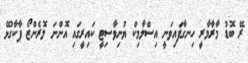
ރޭ ބޮޑު މާރާމާރީ ހިނގާފައިވަނީ އިސްލާމިކް ޔުނިވާސިޓީ ކައިރީގައި އޮންނަ ލޮރެންޒޯ ޕާކާގުޅޭ